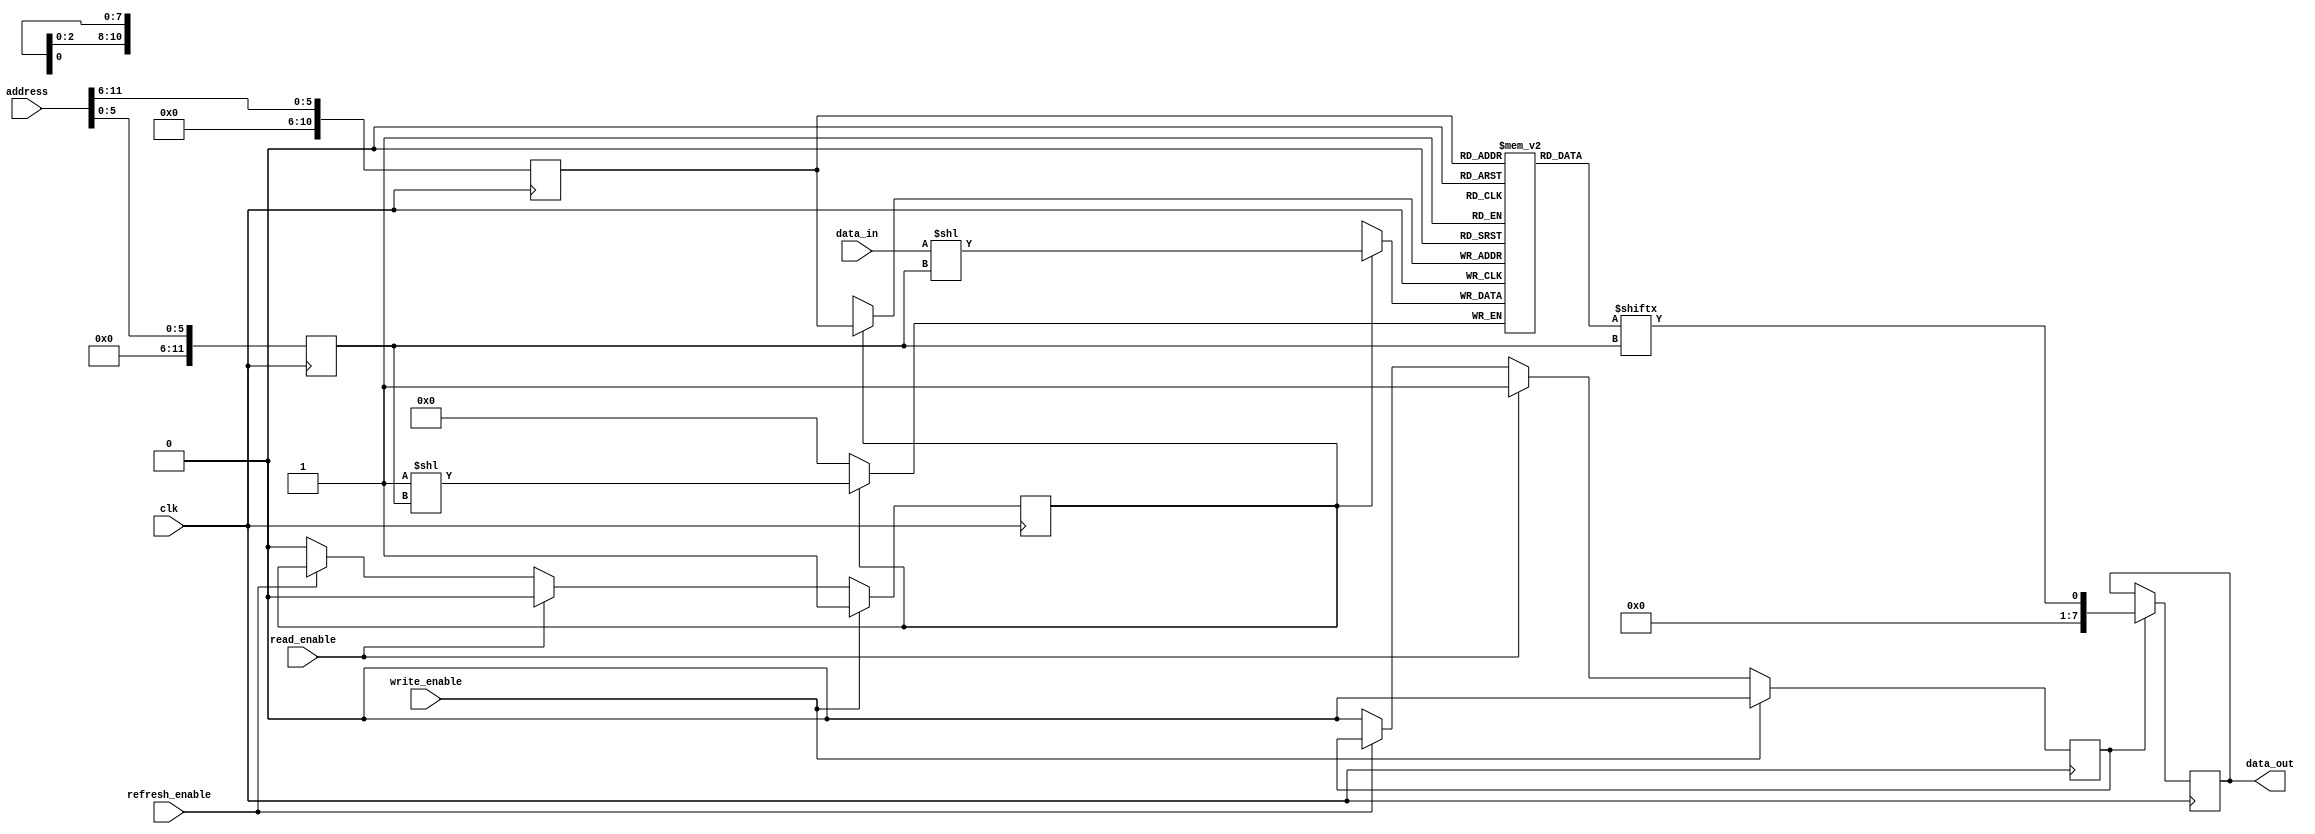
module sdram (
  input wire clk,               // Clock signal
  input wire [11:0] address,    // Address input
  input wire write_enable,      // Write enable signal
  input wire read_enable,       // Read enable signal
  input wire refresh_enable,    // Refresh enable signal
  input wire [7:0] data_in,     // Input data
  output reg [7:0] data_out     // Output data
);

// Address decoding logic
reg [11:0] row_address;
reg [11:0] col_address;
always @ (posedge clk) begin
  row_address <= address[11:6];
  col_address <= address[5:0];
end

// Control signal generation
reg row_activate;
reg col_activate;
reg read;
reg write;
reg refresh;
always @ (posedge clk) begin
  if (write_enable) begin
    write <= 1;
    read <= 0;
  end
  else if (read_enable) begin
    read <= 1;
    write <= 0;
  end
  else if (refresh_enable) begin
    refresh <= 1;
  end
  else begin
    write <= 0;
    read <= 0;
    refresh <= 0;
  end
  
  if (row_activate) begin
    col_activate <= 1;
  end
  else if (col_activate) begin
    col_activate <= 0;
  end
  else begin
    row_activate <= 1;
  end
end

// Data path logic
reg [7:0] memory_array [2047:0]; // Memory array with 2048 locations
always @ (posedge clk) begin
  if (write) begin
    memory_array[row_address][col_address] <= data_in;
  end
  if (read) begin
    data_out <= memory_array[row_address][col_address];
  end
end

// State machine logic (not implemented)
// TBD: state machine to control SDRAM operations

endmodule